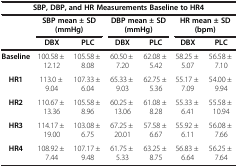
<table><thead><tr><td colspan="7"><b>SBP, DBP, and HR Measurements Baseline to HR4</b></td></tr><tr><td><b> </b></td><td colspan="2"><b>SBP mean ± SD (mmHg)</b></td><td colspan="2"><b>DBP mean ± SD (mmHg)</b></td><td colspan="2"><b>HR mean ± SD (bpm)</b></td></tr><tr><td><b> </b></td><td><b>DBX</b></td><td><b>PLC</b></td><td><b>DBX</b></td><td><b>PLC</b></td><td><b>DBX</b></td><td><b>PLC</b></td></tr></thead><tbody><tr><td><b>Baseline</b></td><td>100.58 ± 12.12</td><td>105.58 ± 8.08</td><td>60.50 ± 7.20</td><td>62.08 ± 5.42</td><td>58.25 ± 5.07</td><td>56.58 ± 7.10</td></tr><tr><td><b>HR1</b></td><td>113.0 ± 9.04</td><td>107.33 ± 6.04</td><td>65.33 ± 9.03</td><td>62.75 ± 5.36</td><td>55.17 ± 7.09</td><td>54.00 ± 9.94</td></tr><tr><td><b>HR2</b></td><td>110.67 ± 13.36</td><td>105.58 ± 8.96</td><td>60.25 ± 13.06</td><td>61.08 ± 8.28</td><td>55.33 ± 6.41</td><td>55.58 ± 10.94</td></tr><tr><td><b>HR3</b></td><td>114.17 ± 19.00</td><td>103.08 ± 6.75</td><td>67.25 ± 20.01</td><td>57.58 ± 6.67</td><td>55.92 ± 6.11</td><td>56.08 ± 7.66</td></tr><tr><td><b>HR4</b></td><td>108.92 ± 7.44</td><td>107.17 ± 9.48</td><td>61.75 ± 5.33</td><td>63.25 ± 8.75</td><td>56.83 ± 6.64</td><td>56.25 ± 7.64</td></tr></tbody></table>